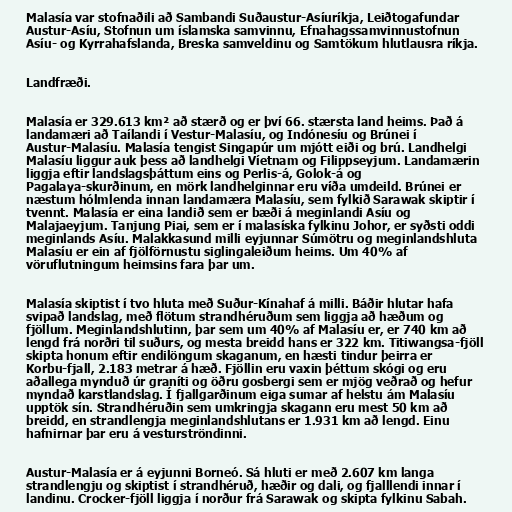
Malasía var stofnaðili að Sambandi Suðaustur-Asíuríkja, Leiðtogafundar
Austur-Asíu, Stofnun um íslamska samvinnu, Efnahagssamvinnustofnun
Asíu- og Kyrrahafslanda, Breska samveldinu og Samtökum hlutlausra ríkja.

Landfræði.

Malasía er 329.613 km² að stærð og er því 66. stærsta land heims. Það á
landamæri að Taílandi í Vestur-Malasíu, og Indónesíu og Brúnei í
Austur-Malasíu. Malasía tengist Singapúr um mjótt eiði og brú. Landhelgi
Malasíu liggur auk þess að landhelgi Víetnam og Filippseyjum. Landamærin
liggja eftir landslagsþáttum eins og Perlis-á, Golok-á og
Pagalaya-skurðinum, en mörk landhelginnar eru víða umdeild. Brúnei er
næstum hólmlenda innan landamæra Malasíu, sem fylkið Sarawak skiptir í
tvennt. Malasía er eina landið sem er bæði á meginlandi Asíu og
Malajaeyjum. Tanjung Piai, sem er í malasíska fylkinu Johor, er syðsti oddi
meginlands Asíu. Malakkasund milli eyjunnar Súmötru og meginlandshluta
Malasíu er ein af fjölförnustu siglingaleiðum heims. Um 40% af
vöruflutningum heimsins fara þar um.

Malasía skiptist í tvo hluta með Suður-Kínahaf á milli. Báðir hlutar hafa
svipað landslag, með flötum strandhéruðum sem liggja að hæðum og
fjöllum. Meginlandshlutinn, þar sem um 40% af Malasíu er, er 740 km að
lengd frá norðri til suðurs, og mesta breidd hans er 322 km. Titiwangsa-fjöll
skipta honum eftir endilöngum skaganum, en hæsti tindur þeirra er
Korbu-fjall, 2.183 metrar á hæð. Fjöllin eru vaxin þéttum skógi og eru
aðallega mynduð úr graníti og öðru gosbergi sem er mjög veðrað og hefur
myndað karstlandslag. Í fjallgarðinum eiga sumar af helstu ám Malasíu
upptök sín. Strandhéruðin sem umkringja skagann eru mest 50 km að
breidd, en strandlengja meginlandshlutans er 1.931 km að lengd. Einu
hafnirnar þar eru á vesturströndinni.

Austur-Malasía er á eyjunni Borneó. Sá hluti er með 2.607 km langa
strandlengju og skiptist í strandhéruð, hæðir og dali, og fjalllendi innar í
landinu. Crocker-fjöll liggja í norður frá Sarawak og skipta fylkinu Sabah.